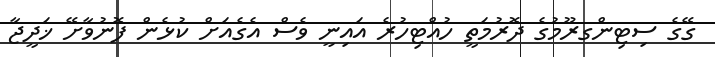
ގޭގެ ސިޓިންގރޫމުގެ ދޮރުމަތީ ހުއްޓިހުރެ އައިނީ ވެސް އެގެއަށް ކުޅެން ފޮނުވާށޭ ޚަދީޖާ